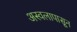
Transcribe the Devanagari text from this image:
अस्वलापासून